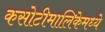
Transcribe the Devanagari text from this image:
कसोटीमालिकेमध्ये